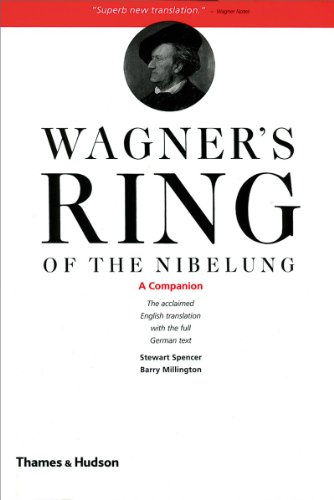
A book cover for Wagner's Ring of the Nibelung; Stewart Spencer; Humor & Entertainment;